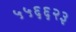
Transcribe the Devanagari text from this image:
५५६६२३